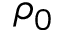
\rho _ { 0 }